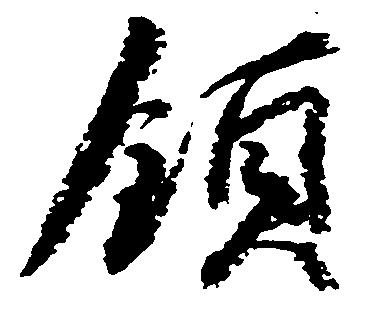
領